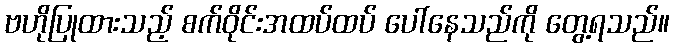
ဗဟိုပြုထားသည့် စက်ဝိုင်းအထပ်ထပ် ပေါ်နေသည်ကို တွေ့ရသည်။